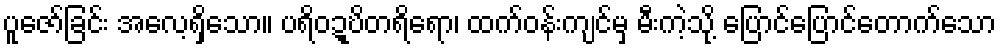
ပူဇော်ခြင်း အလေ့ရှိသော။ ပရိဝဍ္ဎိတရိရော၊ ထက်ဝန်းကျင်မှ မီးကဲ့သို့ ပြောင်ပြောင်တောက်သော